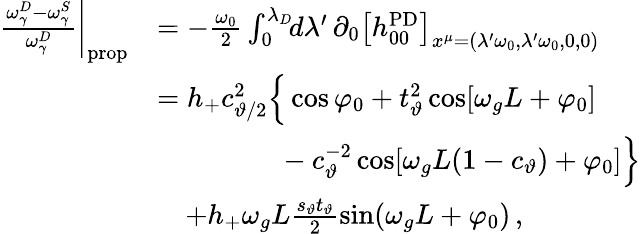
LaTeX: \begin{array}{rl}{\frac{\omega_{\gamma}^{D}-\omega_{\gamma}^{S}}{\omega_{\gamma}^{D}}\bigg|_{\mathrm{prop}}}&{=-\frac{\omega_{0}}{2}\int_{0}^{\lambda_{D}}\! \! d\lambda^{\prime}\, \partial_{0}\big[h_{00}^{\mathrm{PD}}\big]_{x^{\mu}=(\lambda^{\prime}\omega_{0},\lambda^{\prime}\omega_{0},0,0)}}\\ &{=h_{+}c_{\vartheta/2}^{2}\Big\{ \cos\varphi_{0}+t_{\vartheta}^{2}\cos[\omega_{g}L+\varphi_{0}]}\\ &{\qquad\qquad~-c_{\vartheta}^{-2}\cos[\omega_{g}L(1-c_{\vartheta})+\varphi_{0}]\Big\} }\\ &{\quad+h_{+}\omega_{g}L\frac{s_{\vartheta}t_{\vartheta}}{2}\sin(\omega_{g}L+\varphi_{0})\, ,}\end{array}